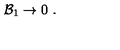
{ \cal B } _ { 1 } \rightarrow 0 \ .